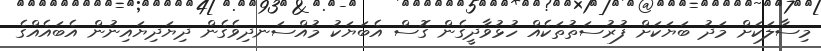
މިސާލަކަށް މަދު ބަޔަކަށް ފުރުސަތުތަކެއް ހުޅުވާދީގެން ގޮސް އެބަޔަކު މުއްސަނދިވެގެން ދިޔަދިޔައިނުން އެބައެއްގެ